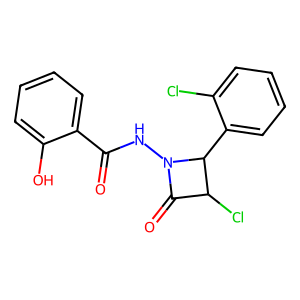
SMILES: O=C(NN1C(=O)C(Cl)C1c1ccccc1Cl)c1ccccc1O
Inhibits HIV replication: No